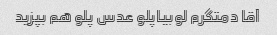
آقا دمتگرم لوبیاپلو عدس پلو هم بپزید